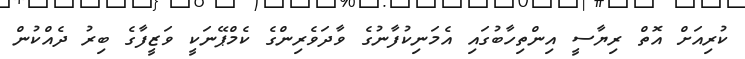
ކުރިއަށް އޮތް ރިޔާސީ އިންތިހާބުގައި އެމަނިކުފާނުގެ ވާދަވެރިންގެ ކެމްޕޭނަކީ ވަޒީފާގެ ބިރު ދެއްކުން